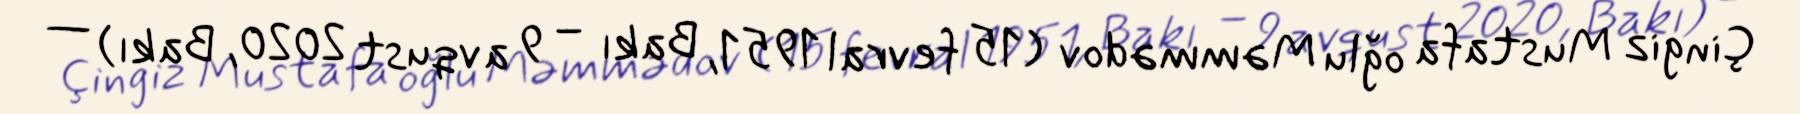
Çingiz Mustafa oğlu Məmmədov (15 fevral 1951, Bakı – 9 avqust 2020, Bakı) —